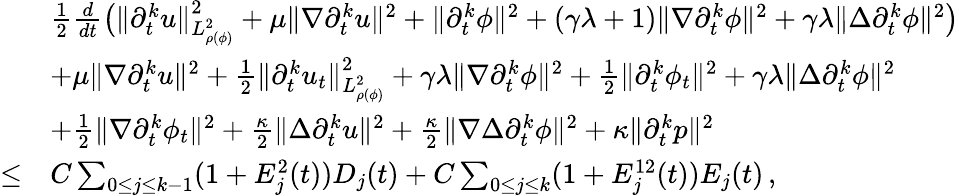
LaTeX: \begin{array}{rl}&{\frac{1}{2}\frac{d}{dt}\big(\| \partial_{t}^{k}u\| _{L_{\rho(\phi)}^{2}}^{2}+\mu\| \nabla\partial_{t}^{k}u\| ^{2}+\| \partial_{t}^{k}\phi\| ^{2}+(\gamma\lambda+1)\| \nabla\partial_{t}^{k}\phi\| ^{2}+\gamma\lambda\| \Delta\partial_{t}^{k}\phi\| ^{2}\big)}\\ &{+\mu\| \nabla\partial_{t}^{k}u\| ^{2}+\frac{1}{2}\| \partial_{t}^{k}u_{t}\| _{L_{\rho(\phi)}^{2}}^{2}+\gamma\lambda\| \nabla\partial_{t}^{k}\phi\| ^{2}+\frac{1}{2}\| \partial_{t}^{k}\phi_{t}\| ^{2}+\gamma\lambda\| \Delta\partial_{t}^{k}\phi\| ^{2}}\\ &{+\frac{1}{2}\| \nabla\partial_{t}^{k}\phi_{t}\| ^{2}+\frac{\kappa}{2}\| \Delta\partial_{t}^{k}u\| ^{2}+\frac{\kappa}{2}\| \nabla\Delta\partial_{t}^{k}\phi\| ^{2}+\kappa\| \partial_{t}^{k}p\| ^{2}}\\ {\leq}&{C\sum_{0\leq j\leq k-1}(1+E_{j}^{2}(t))D_{j}(t)+C\sum_{0\leq j\leq k}(1+E_{j}^{12}(t))E_{j}(t)\, ,}\end{array}